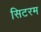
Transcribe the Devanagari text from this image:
सिटरम